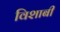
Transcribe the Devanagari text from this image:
विशाबी